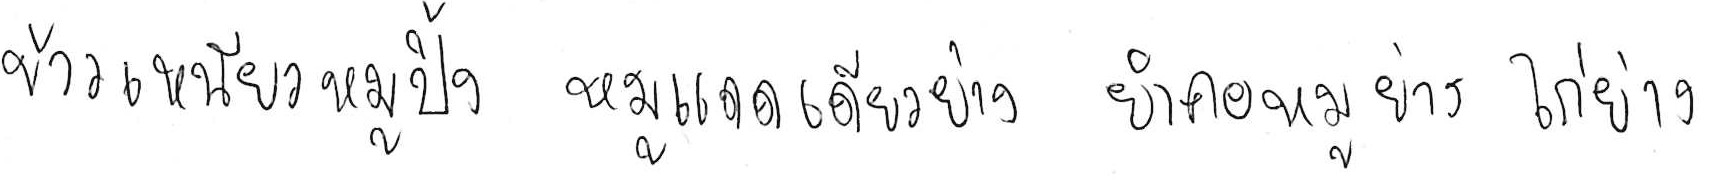
ข้าวเหนียวหมูปิ้ง หมูแดดเดียวย่าง ยำคอหมูย่าง ไก่ย่าง